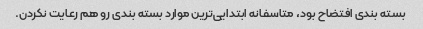
بسته بندی افتضاح بود، متاسفانه ابتدایی‌ترین موارد بسته بندی رو هم رعایت نکردن.